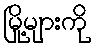
မြို့များကို